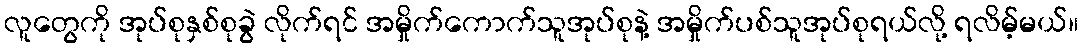
လူတွေကို အုပ်စုနှစ်စုခွဲ လိုက်ရင် အမှိုက်ကောက်သူအုပ်စုနဲ့ အမှိုက်ပစ်သူအုပ်စုရယ်လို့ ရလိမ့်မယ်။